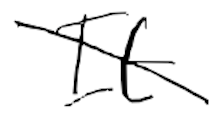
Text: It
Cross-out: mix
Writing tool: digital_black